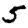
Digit: 5